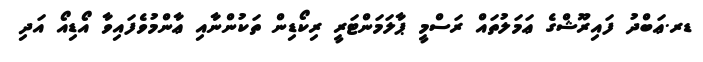
ޑރ.ޢަބްދު ފައިރޫޝްގެ ޢަމަލުތައް ރަސްމީ ޕާލަމަންޓަރީ ރިކޯޑިން ތަކުންނާއި ޢާންމުވެފައިވާ އޯޑިއޯ އަދި